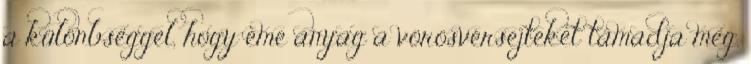
a különbséggel, hogy eme anyag a vörösvérsejteket támadja meg.